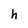
Character: h